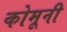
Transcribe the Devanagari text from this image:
कोमूनी